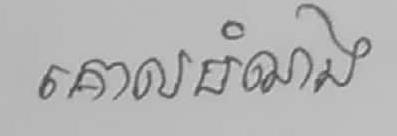
គោលបំណង